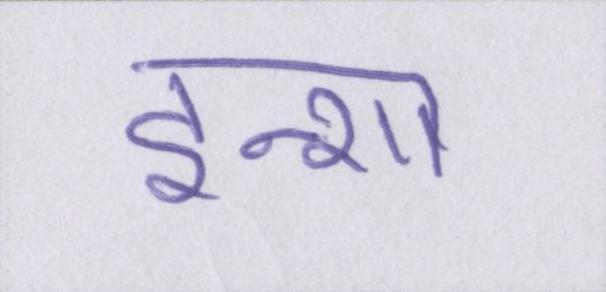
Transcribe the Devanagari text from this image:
इन्शा